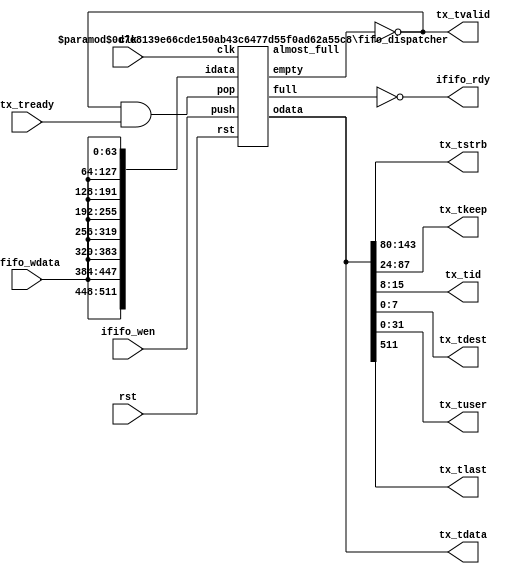
module dispatcher # (
	parameter DATAW = 512,
	parameter BYTEW = DATAW / 8,
	parameter METAW = 8,
	parameter USERW = 32,
	parameter FIFO_DEPTH = 512
)(
	input  clk,
	input  rst,
	// Tx interface
	output tx_tvalid,
	output [DATAW-1:0] tx_tdata,
	output [BYTEW-1:0] tx_tstrb,
	output [BYTEW-1:0] tx_tkeep,
	output [METAW-1:0] tx_tid,
	output [METAW-1:0] tx_tdest,
	output [USERW-1:0] tx_tuser,
	output tx_tlast,
	input  tx_tready,
	// External FIFO IO
	input  [DATAW/8-1:0] ififo_wdata,
	input  ififo_wen,
	output ififo_rdy
);

wire fifo_full_signal, fifo_almost_full_signal, fifo_empty_signal;
wire [DATAW-1:0] fifo_rdata;

fifo_dispatcher # (
	.DATAW(DATAW),
	.DEPTH(FIFO_DEPTH)
) fifo_inst (
	.clk(clk),
	.rst(rst),
	.push(ififo_wen),
	.idata({(8){ififo_wdata}}),
	.pop(tx_tvalid && tx_tready),
	.odata(fifo_rdata),
	.empty(fifo_empty_signal),
	.full(fifo_full_signal),
	.almost_full(fifo_almost_full_signal)
);

assign tx_tvalid = !fifo_empty_signal;
assign tx_tstrb = fifo_rdata[2*BYTEW+2*METAW-1:BYTEW+2*METAW];
assign tx_tkeep = fifo_rdata[BYTEW+3*METAW-1:3*METAW];
assign tx_tid = fifo_rdata[2*METAW-1:METAW];
assign tx_tdest = fifo_rdata[METAW-1:0];
assign tx_tlast = fifo_rdata[DATAW-1];
assign tx_tdata = fifo_rdata;
assign tx_tuser = fifo_rdata[USERW-1:0];
assign ififo_rdy = !fifo_full_signal;

endmodule

module fifo_dispatcher # (
	parameter DATAW = 64,
	parameter DEPTH = 128,
	parameter ADDRW = $clog2(DEPTH),
	parameter ALMOST_FULL_DEPTH = DEPTH
)(
	input  clk,
	input  rst,
	input  push,
	input  [DATAW-1:0] idata,
	input  pop,
	output [DATAW-1:0] odata,
	output empty,
	output full,
	output almost_full
);

reg [DATAW-1:0] mem [0:DEPTH-1];
reg [ADDRW-1:0] head_ptr, tail_ptr;
reg [ADDRW:0] remaining;

always @ (posedge clk) begin
	if (rst) begin
		head_ptr <= 0;
		tail_ptr <= 0;
		remaining <= DEPTH;
	end else begin
		if (!full && push) begin
			mem[tail_ptr] <= idata;
			tail_ptr <= tail_ptr + 1'b1;
		end
		
		if (!empty && pop)  begin
			head_ptr <= head_ptr + 1'b1;
		end
		
		if (!empty && pop && !full && push) begin
			remaining <= remaining;
		end else if (!empty && pop) begin
			remaining <= remaining + 1'b1;
		end else if (!full && push) begin
			remaining <= remaining - 1'b1;
		end else begin
			remaining <= remaining;
		end
	end
end

assign empty = (tail_ptr == head_ptr);
assign full = (tail_ptr + 1'b1 == head_ptr);
assign odata = mem[head_ptr];
assign almost_full = (remaining < (DEPTH - ALMOST_FULL_DEPTH));

endmodule